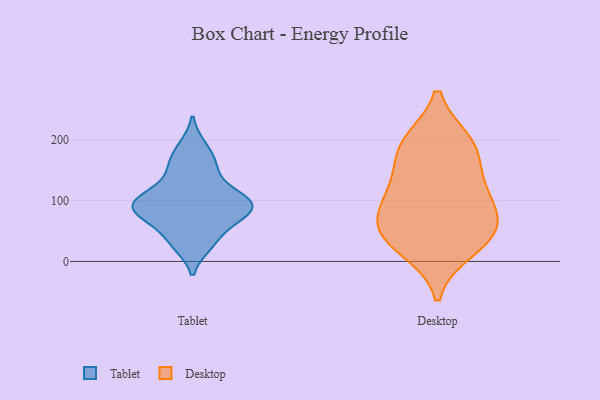
{"axis": {"x": "Website Visitors", "y": "Value"}, "legend": ["Desktop", "Tablet"], "data": [{"x": "", "y": 84, "type": "Tablet"}, {"x": "", "y": 151, "type": "Tablet"}, {"x": "", "y": 71, "type": "Tablet"}, {"x": "", "y": 115, "type": "Tablet"}, {"x": "", "y": 101, "type": "Tablet"}, {"x": "", "y": 102, "type": "Tablet"}, {"x": "", "y": 96, "type": "Tablet"}, {"x": "", "y": 161, "type": "Tablet"}, {"x": "", "y": 71, "type": "Tablet"}, {"x": "", "y": 28, "type": "Tablet"}, {"x": "", "y": 34, "type": "Tablet"}, {"x": "", "y": 189, "type": "Tablet"}, {"x": "", "y": 89, "type": "Tablet"}, {"x": "", "y": 72, "type": "Desktop"}, {"x": "", "y": 100, "type": "Desktop"}, {"x": "", "y": 193, "type": "Desktop"}, {"x": "", "y": 49, "type": "Desktop"}, {"x": "", "y": 39, "type": "Desktop"}, {"x": "", "y": 111, "type": "Desktop"}, {"x": "", "y": 53, "type": "Desktop"}, {"x": "", "y": 182, "type": "Desktop"}, {"x": "", "y": 133, "type": "Desktop"}, {"x": "", "y": 196, "type": "Desktop"}, {"x": "", "y": 20, "type": "Desktop"}]}